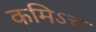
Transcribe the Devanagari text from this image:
कमिऽच